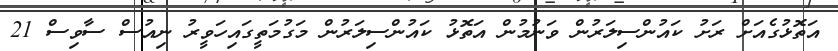
އަތޮޅުގެއަށް ރަށު ކައުންސިލަރުން ވަނުމުން އަތޮޅު ކައުންސިލަރުން މަގުމަތީގައިހަވީރު ނިއުސް ސާވިސް 21